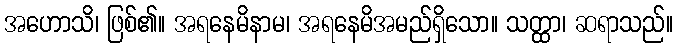
အဟောသိ၊ ဖြစ်၏။ အရနေမိနာမ၊ အရနေမိအမည်ရှိသော။ သတ္ထာ၊ ဆရာသည်။